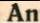
An